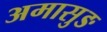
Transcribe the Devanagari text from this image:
अमासुङ